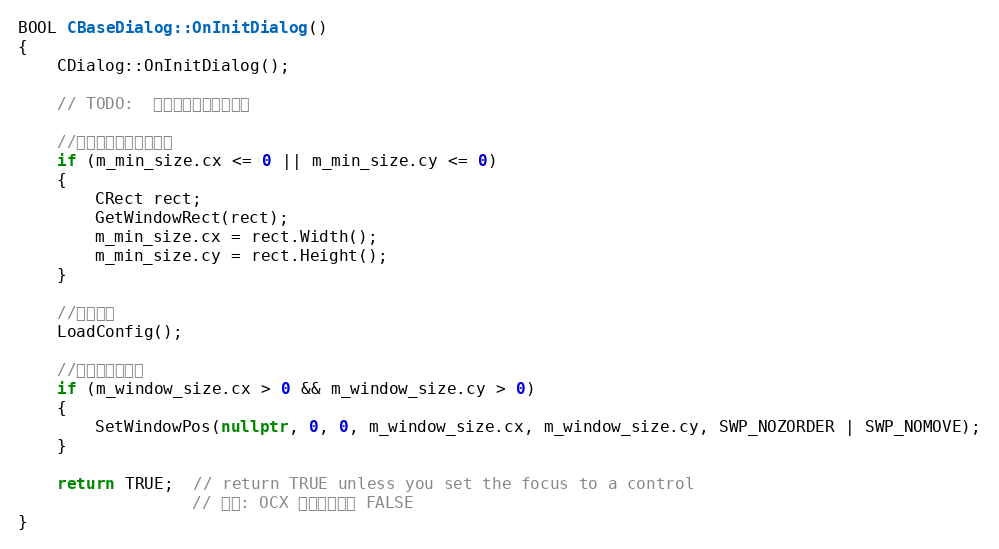
Language: C++
BOOL CBaseDialog::OnInitDialog()
{
	CDialog::OnInitDialog();

	// TODO:  在此添加额外的初始化

	//获取初始时窗口的大小
	if (m_min_size.cx <= 0 || m_min_size.cy <= 0)
	{
		CRect rect;
		GetWindowRect(rect);
		m_min_size.cx = rect.Width();
		m_min_size.cy = rect.Height();
	}

	//载入设置
	LoadConfig();

	//初始化窗口大小
	if (m_window_size.cx > 0 && m_window_size.cy > 0)
	{
		SetWindowPos(nullptr, 0, 0, m_window_size.cx, m_window_size.cy, SWP_NOZORDER | SWP_NOMOVE);
	}

	return TRUE;  // return TRUE unless you set the focus to a control
				  // 异常: OCX 属性页应返回 FALSE
}